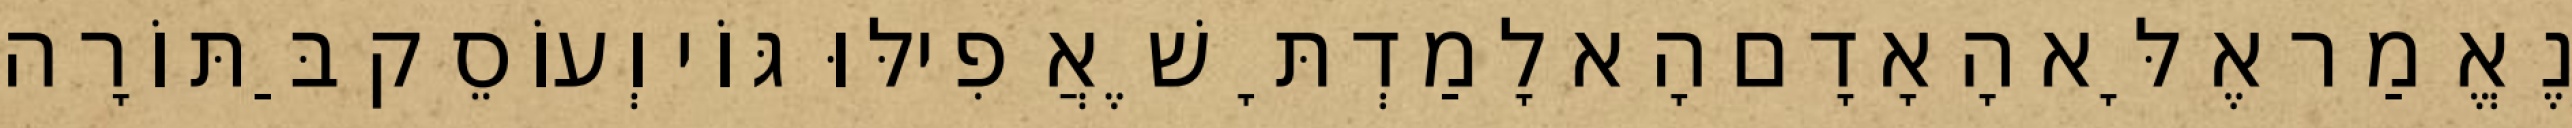
נֶאֱמַר אֶלָּא הָאָדָם הָא לָמַדְתָּ שֶׁאֲפִילּוּ גּוֹי וְעוֹסֵק בַּתּוֹרָה